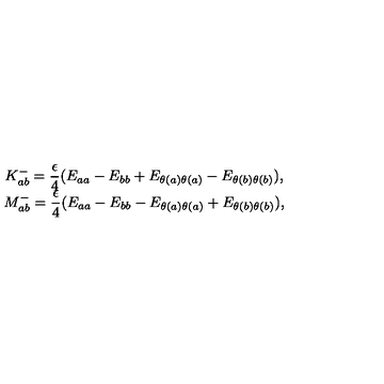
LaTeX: \begin{array} { c } { { \displaystyle K _ { a b } ^ { - } = \frac { \epsilon } { 4 } ( E _ { a a } - E _ { b b } + E _ { \theta ( a ) \theta ( a ) } - E _ { \theta ( b ) \theta ( b ) } ) , } } \\ { { \displaystyle M _ { a b } ^ { - } = \frac { \epsilon } { 4 } ( E _ { a a } - E _ { b b } - E _ { \theta ( a ) \theta ( a ) } + E _ { \theta ( b ) \theta ( b ) } ) , } } \\ \end{array}